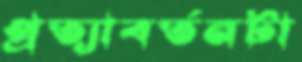
প্রত্যাবর্তনটা